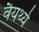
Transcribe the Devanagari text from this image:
वैयर्थ्य